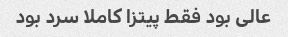
عالی بود فقط پیتزا کاملا سرد بود